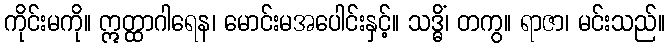
ကိုင်းမကို။ ဣတ္ထာဂါရေန၊ မောင်းမအပေါင်းနှင့်။ သဒ္ဓိံ၊ တကွ။ ရာဇာ၊ မင်းသည်။